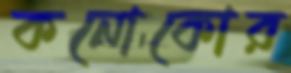
কনোকোর